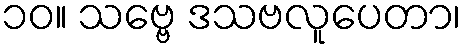
၁၀။ သဗ္ဗေ ဒသဗလူပေတာ၊